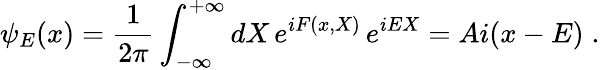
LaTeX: \psi_{E}(x)=\frac{1}{2\pi}\int_{-\infty}^{+\infty}dX\, e^{iF(x,X)}\, e^{iEX}=Ai(x-E)\; .